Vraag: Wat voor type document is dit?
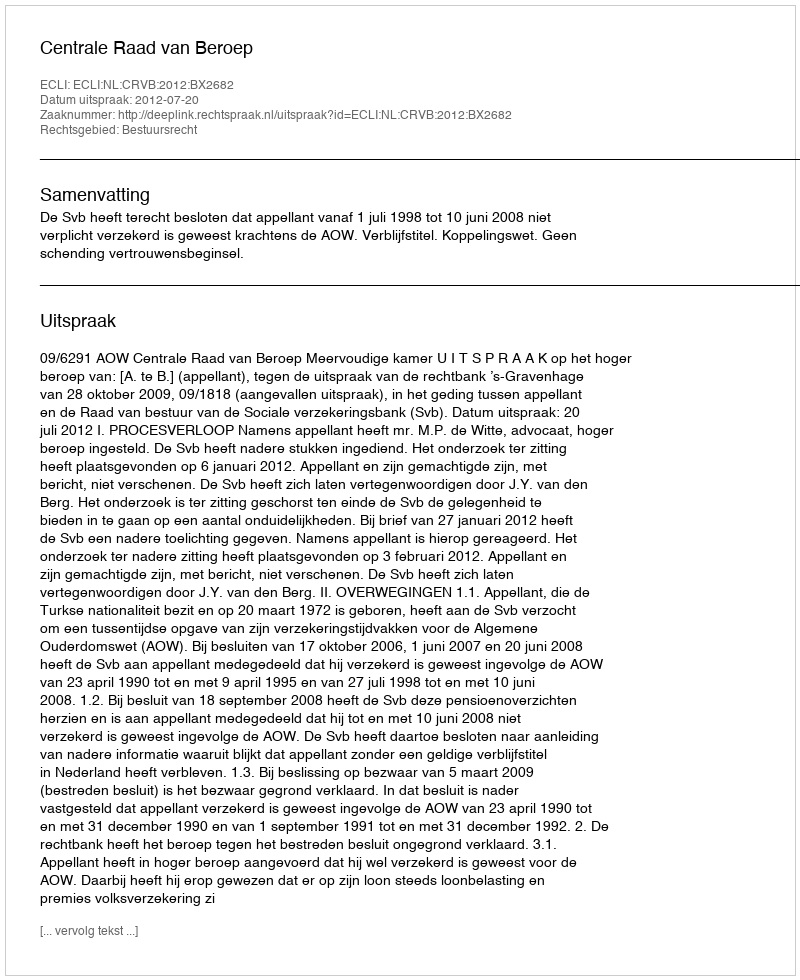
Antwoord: Uitspraak